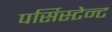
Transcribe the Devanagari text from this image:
पर्सिस्टेन्ट